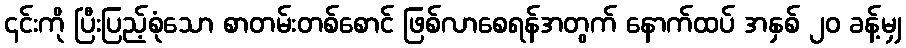
၎င်းကို ပြီးပြည့်စုံသော စာတမ်းတစ်စောင် ဖြစ်လာစေရန်အတွက် နောက်ထပ် အနှစ် ၂၀ ခန့်မျှ